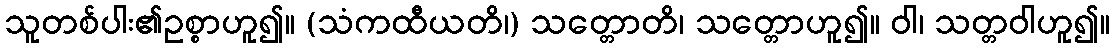
သူတစ်ပါး၏ဥစ္စာဟူ၍။ (သံကထီယတိ၊) သတ္တောတိ၊ သတ္တောဟူ၍။ ဝါ၊ သတ္တဝါဟူ၍။